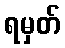
ရမှတ်